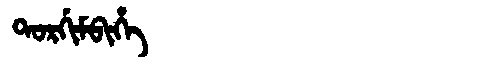
Manchu: ᡨᠣᡵᡤᡳᠮᠪᡳᡥᡝ
Romanization: TORGIMBIHE